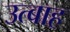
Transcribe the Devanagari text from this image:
उत्बाह